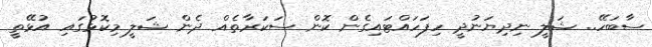
ސާބަހޭ.. ޝަލީ ނިދިޔަނުދީ ހިފަހައްޓައިގެން ކޮން ސަކަރާތެއް ދެން ޝަލީ މިކޮޅުގައި އުޅޭތީ